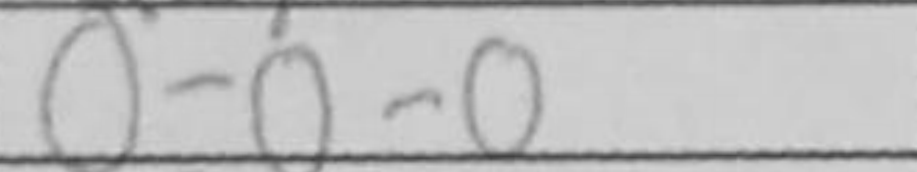
Transcription: O-O-O